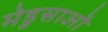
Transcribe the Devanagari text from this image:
मेडुसाओं